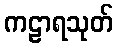
ကဠာရသုတ်